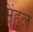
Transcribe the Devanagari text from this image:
सिंहुल